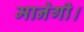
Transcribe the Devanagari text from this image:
मानेगी।